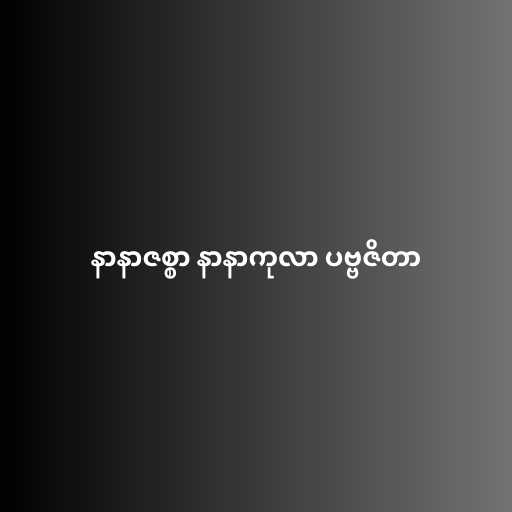
နာနာဇစ္စာ နာနာကုလာ ပဗ္ဗဇိတာ